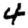
Digit: 4